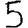
Digit: 5